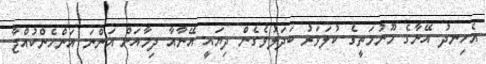
އެހިނދު އޭނާގެ މޫނުމަތީގެ ކުލަވަރު ބަދަލުވެގެން ދިޔައީ އޭނާއާ ދިމާއަށް އަންނަ އަންހެންކުއްޖާ